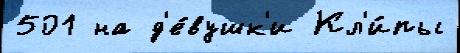
501 на д'е́вушк'и Кл'и́пы